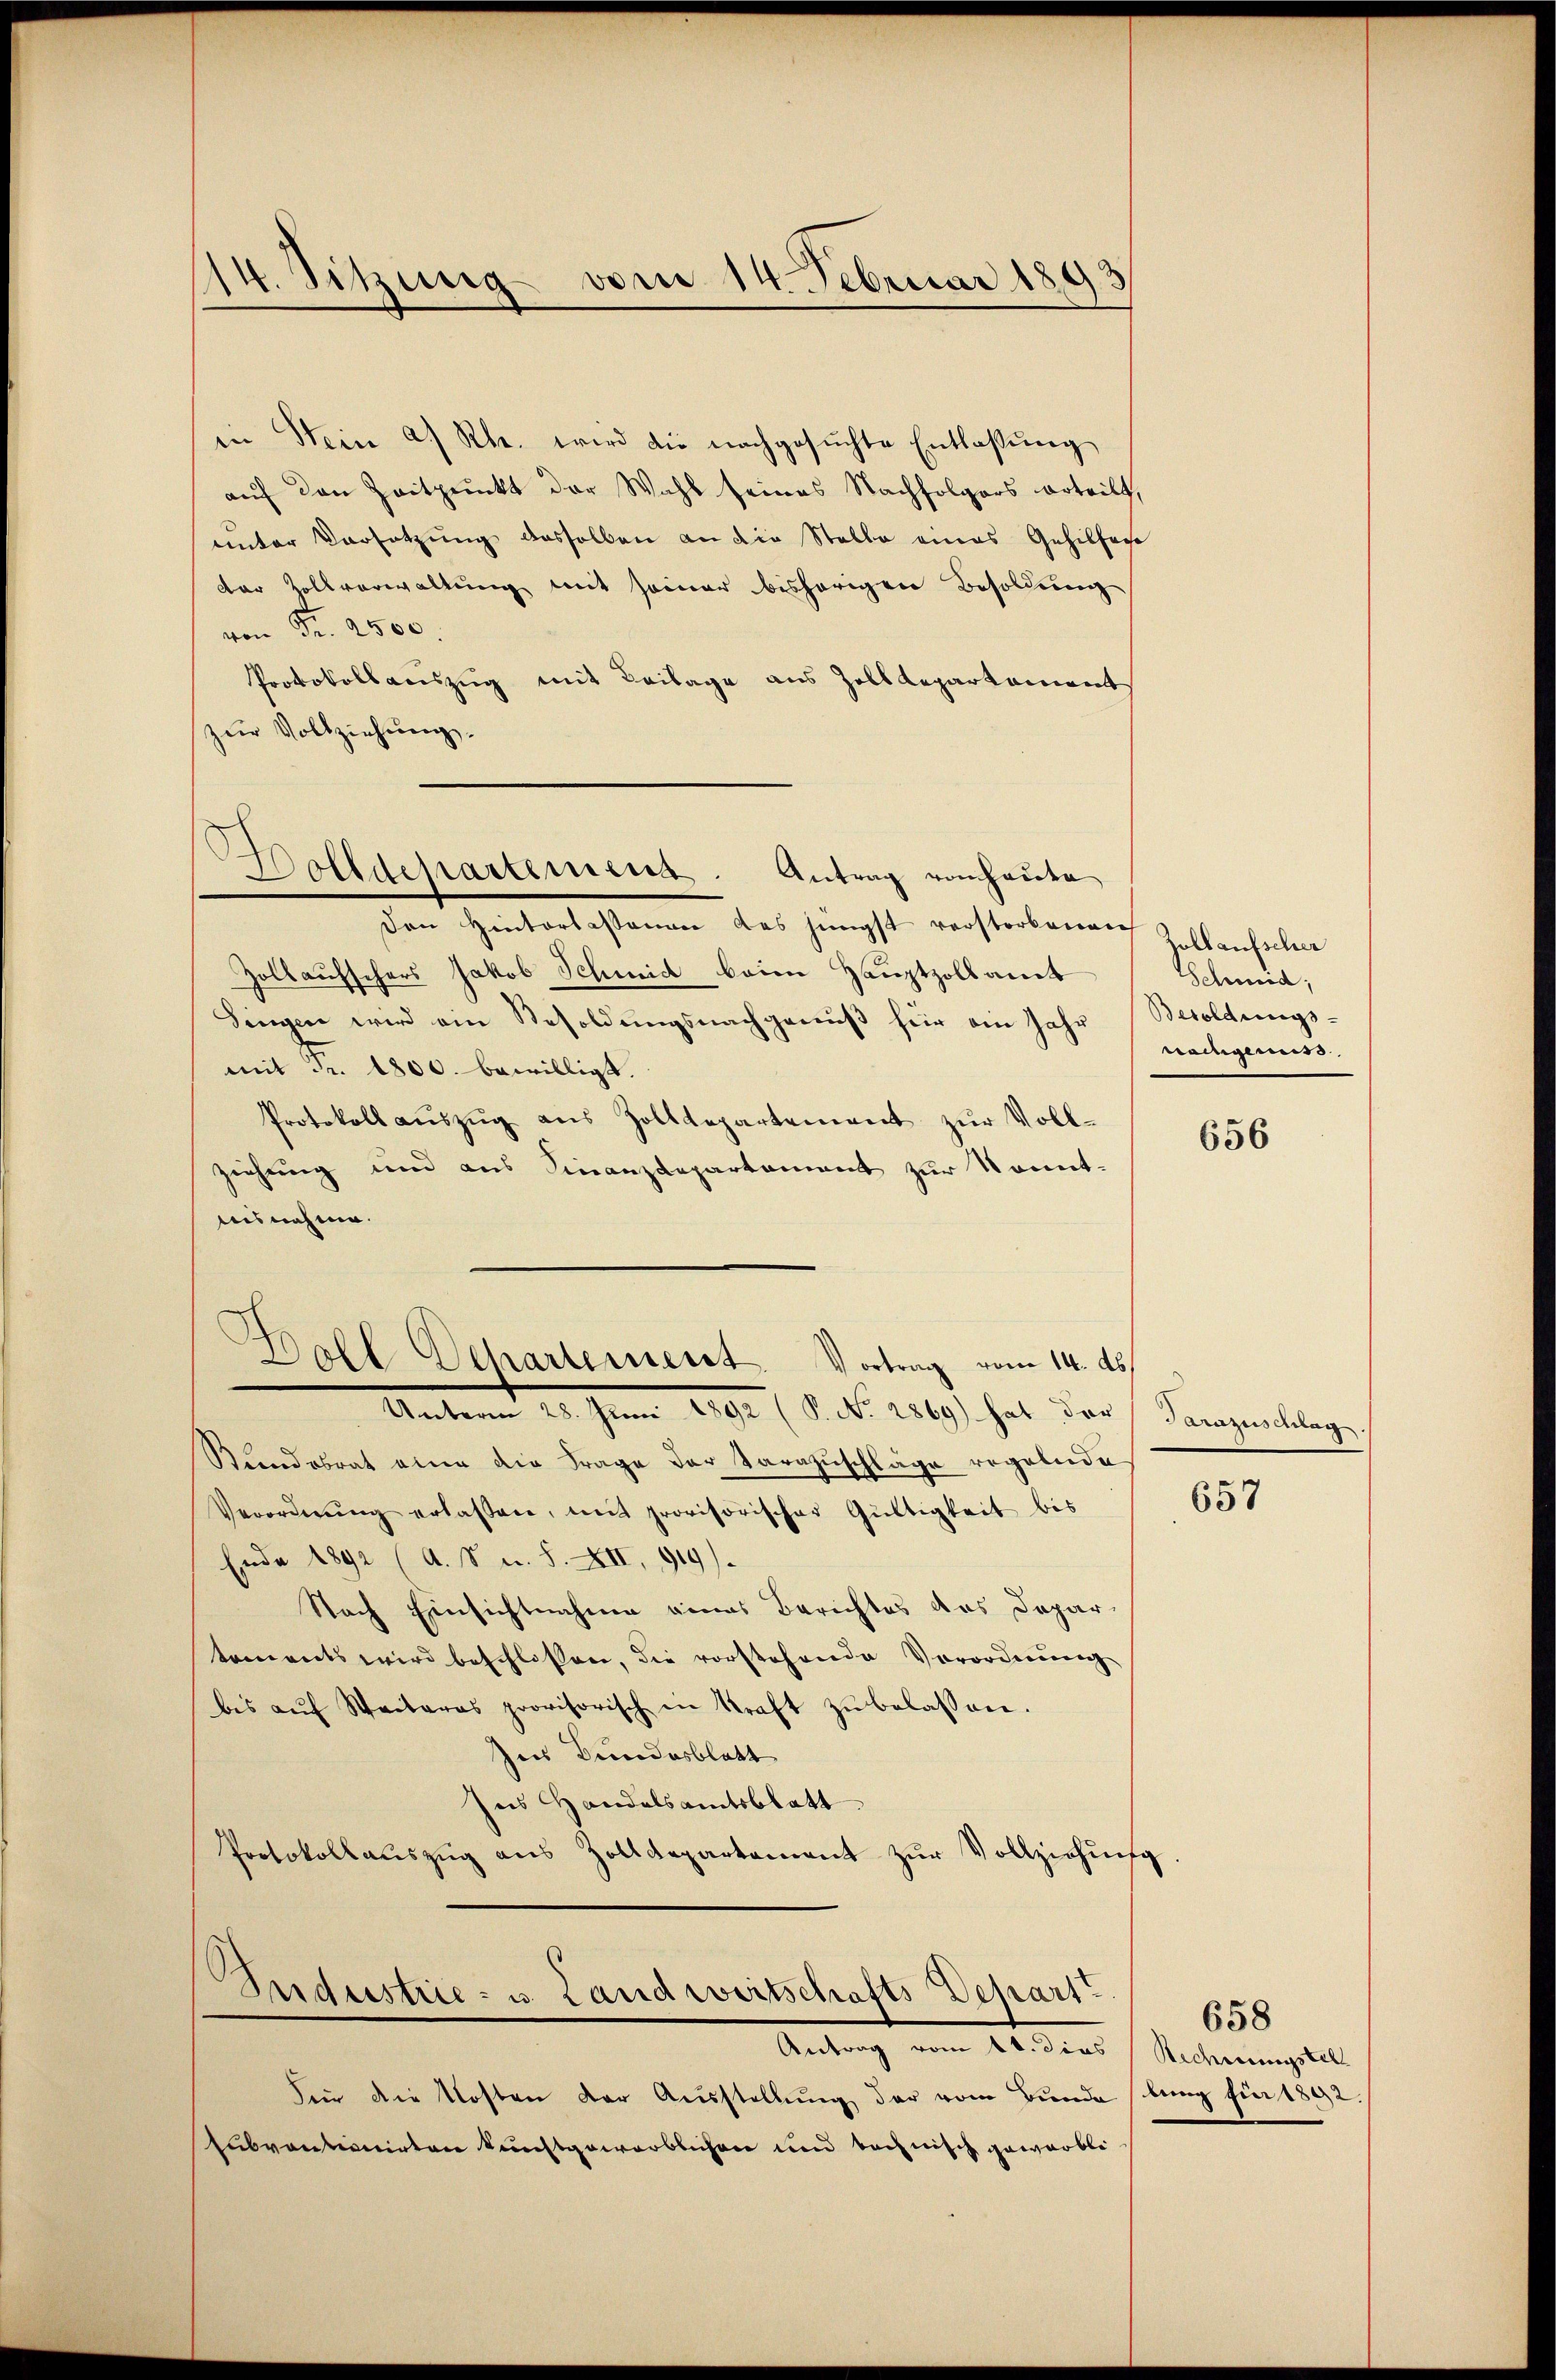
14. Sitzung vom 14. Februar 1893

in Stein a. Rh. wird die nachgesuchte Entlassung
auf den Zeitpunkt der Wahl seines Nachfolgers arteilt,
unter Vorsetzŭng desselben an die Stelle eines Gehilfert
der Zollverwaltung mit seiner bishörigen Besoldung
von Fr. 2500.
Protokollauszug mit Beilage aus Zolldepartement
zŭr Vollziehung.
Den Hintertassenen das jüngst verstorbenen
Zollaufschers Jakob Schmid beim Hauptzollamt
Singen wird ein Besoldungsnachgenuß für ein Jahr
mit Fr. 1800. bewilligt.
Protokoll aŭszŭg aŭs Zolldepartement zŭr Voll-
ziehung und aus Finanzdepartement zur konnt
aisnehme.
.
Goll Departement. Vortrag vom 14. ds.
 Juni 1892 (P. Nr. 2869) hat der Parzuschlag
Bundobrat eine die Frage der Sarazŭschläge regelnde
Verordnŭng erlassen, mit provisorischer Gültigkeit bis
Ende 1892 (A. S. u. S. XXIII, 919)
Nach Einsichtnahme eines Berichtes das Departoments wird beschlossen, die vorstehende Verordnung
bis aŭf Weiteras provisorisch in Kraft zŭ belassen.
zur Bundesblatt
hes Handelsamtsblatt
Protokollauszug aus Zolldepartement zur Vollziehung

Dolldepartement. Antrag von heute

¬
Industrie- u. Landwirtschafts-Depart
Antrag vom 21 des h. Rechnung ent

Für die Kosten der Ausstellŭng der vom Bunde bung für 1892.
subventionirten kunstgewerblichen und technisch gewerbli

Zollaufscher
Schmid,
Besoldungs-
bangemess

656

657

658